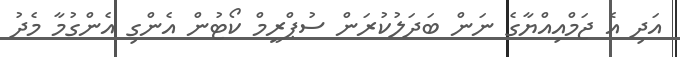
އަދި އެ ޖަމްއިއްޔާގެ ނަން ބަދަލުކުރަން ސުޕްރީމް ކޯޓުން އެންގި އެންގުމާ މެދު